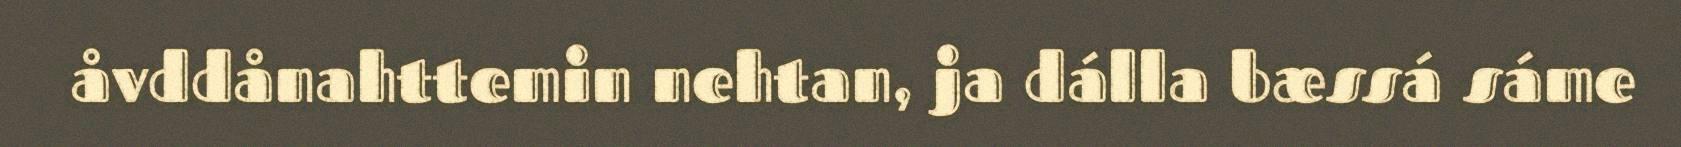
åvddånahttemin nehtan, ja dálla bæssá sáme